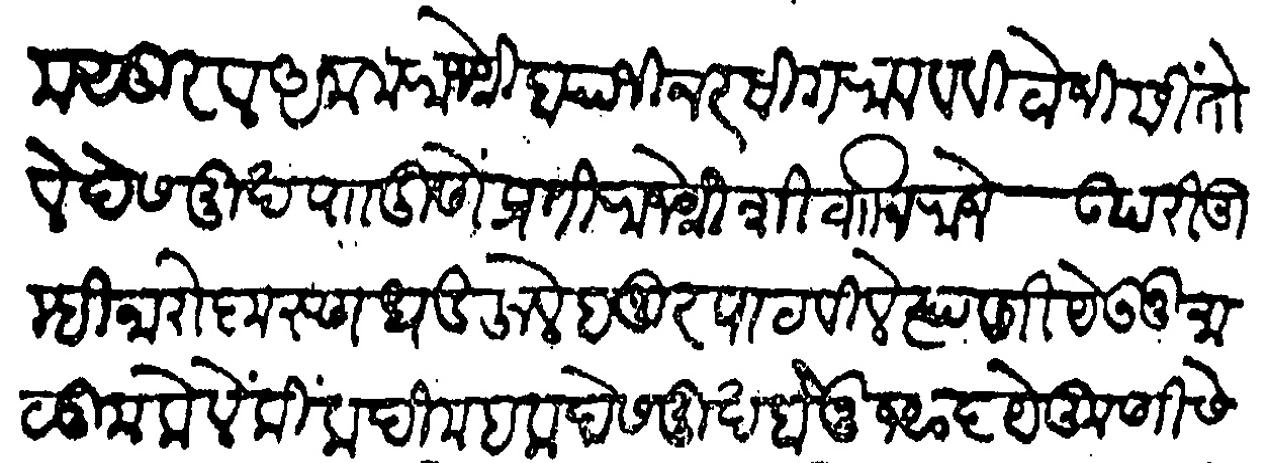
Transliteration (Devanagari): मशरुल अनाम बाया नरसिंगराव व विठोजी सितोले पाा पुणे प्रती राजेश्री शिवाजीराजे उपरी तुम्ही नारो कृस्ण धडफले हुजुर पाठवीले त्याणी येऊनू माळीम केले की कदीम हक देसमुख होनु १९०६ येकूणीसेसा